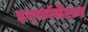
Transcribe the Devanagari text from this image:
इन्फ़ॉर्मेशन